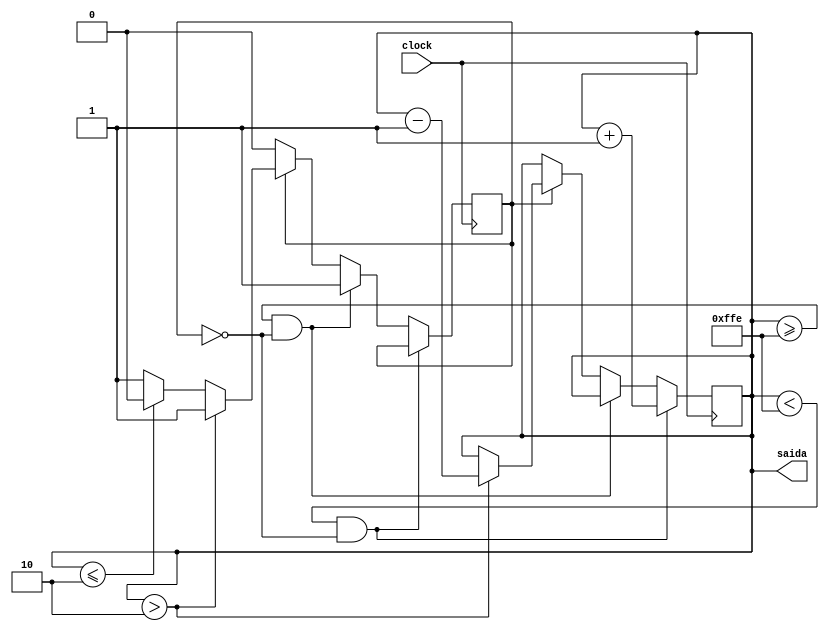
module ContadorRegressivoProgressivo(input clock,output reg[11:0] saida);
reg valor;
initial saida=0;
initial valor=0;

always @(posedge clock)
begin
	if(saida<4094 && valor==0)
	begin		
		saida<=saida+1;		
	end
	else if(saida>=4094 && valor==0)
		valor<=1;
	else if(valor)
	begin
		if(saida>2)
			saida<=saida-1;
		else if(saida<=2)
			valor<=0;	
	end


end 

endmodule